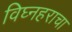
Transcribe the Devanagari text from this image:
विघ्नहराचा